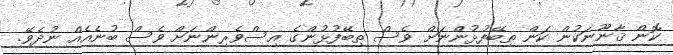
ކޮން ޤާނޫނަކުން ކަން ތިބޭފުޅުންނަށް ވެސް ތިބޭފުޅުންގެ އިސްވެރިންނަށް ވެސް ބުނެއެއް ނުދެވޭ.